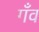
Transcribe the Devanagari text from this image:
गँव